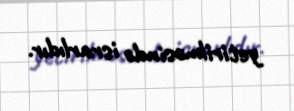
yetirilməsində israrlıdır.